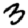
Digit: 3